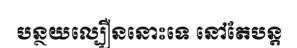
បន្ថយល្បឿននោះទេ នៅតែបន្ត